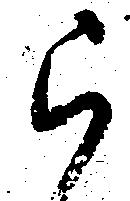
被